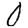
Digit: 0